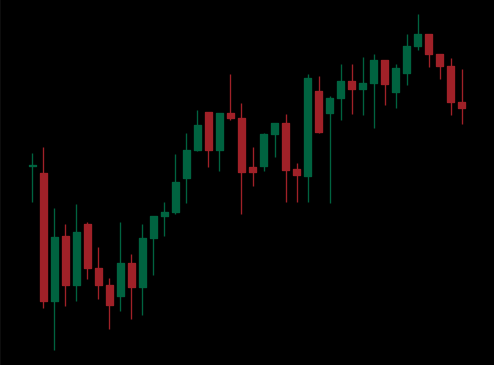
Pattern: unclassified